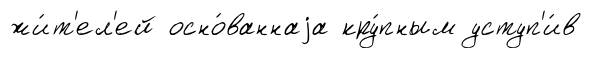
жи́т'ел'ей осно́ваннаjа кру́пным уступ'и́в